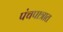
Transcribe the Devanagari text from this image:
पंचपात्रात